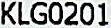
KLG0201